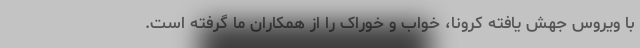
با ویروس جهش یافته کرونا، خواب و خوراک را از همکاران ما گرفته است.